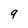
Character: 9